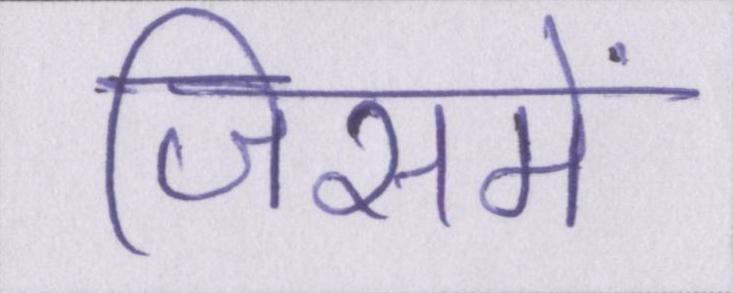
जिसमें